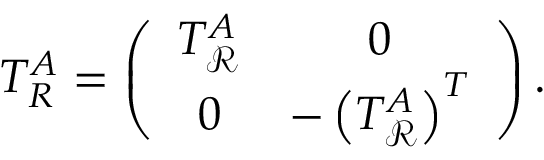
T _ { R } ^ { A } = \left( \begin{array} { c c } { { T _ { \mathcal R } ^ { A } } } & { { 0 } } \\ { { 0 } } & { { - \left( T _ { \mathcal R } ^ { A } \right) ^ { T } } } \end{array} \right) .